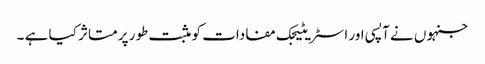
جنہوں نے آپسی اور اسٹریٹیجک مفادات کو مثبت طور پر متاثر کیا ہے ۔